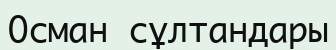
Осман сұлтандары